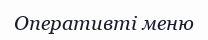
Оперативті меню